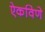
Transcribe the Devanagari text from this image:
ऐकविणे